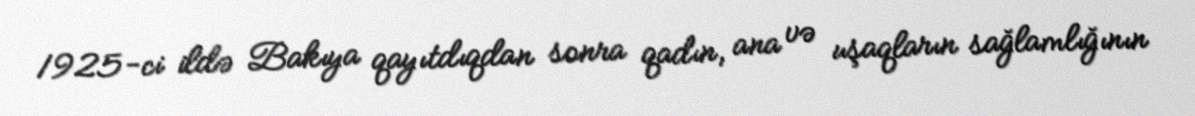
1925-ci ildə Bakıya qayıtdıqdan sonra qadın, ana və uşaqların sağlamlığının